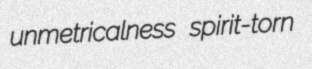
unmetricalness spirit-torn